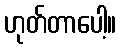
ဟုတ်တာပေါ့။